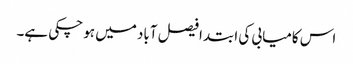
اس کامیابی کی ابتدا فیصل آباد میں ہو چکی ہے۔